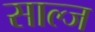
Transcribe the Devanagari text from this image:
साल्ज